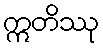
ဣတိဿု